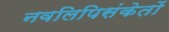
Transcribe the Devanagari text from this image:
नवलिपिसंकेतों